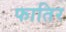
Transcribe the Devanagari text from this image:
फातिर